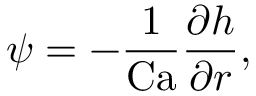
\psi = - \frac { 1 } { \mathrm { C a } } \frac { \partial h } { \partial r } ,